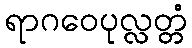
ရာဂဝေပုလ္လတ္တံ